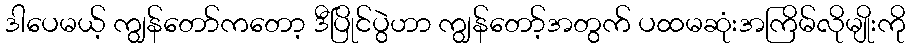
ဒါပေမယ့် ကျွန်တော်ကတော့ ဒီပြိုင်ပွဲဟာ ကျွန်တော့်အတွက် ပထမဆုံးအကြိမ်လိုမျိုးကို